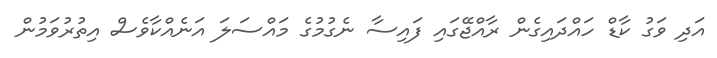
އަދި ވަގު ކާޑް ހައްދައިގެން ރާއްޖޭގައި ފައިސާ ނެގުމުގެ މައްސަލަ އަނެއްކާވެސް އިތުރުވަމުން